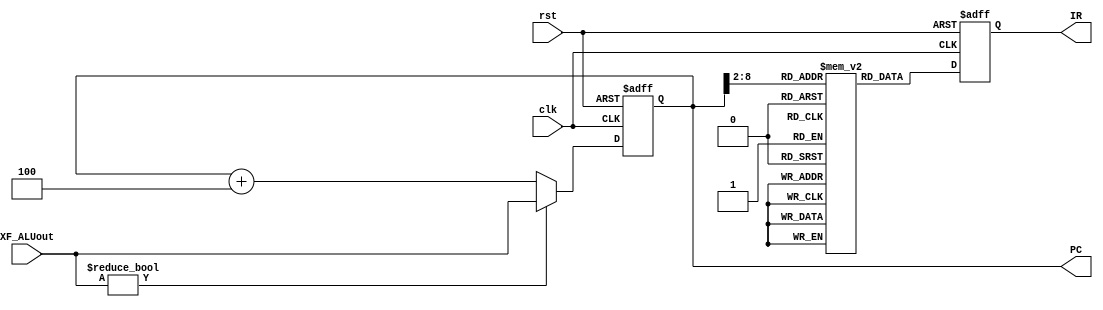
`timescale 1ns/1ps

module INSTRUCTION_FETCH(
	clk,
	rst,
	XF_ALUout,

	PC,
	IR
);

input clk, rst;
input [31:0] XF_ALUout;
output reg 	[31:0] PC, IR;

//instruction memory
reg [31:0] instruction [127:0];

//output instruction
always @(posedge clk or posedge rst)
begin
	if(rst)
		IR <= 32'd0;
	else
		IR <= instruction[PC[10:2]];
end

// output program counter
always @(posedge clk or posedge rst)
begin
	if(rst)
		PC <= 32'd0;
	else if (XF_ALUout!=0)
		PC <= XF_ALUout;
	else//add new PC address here, ex: branch, jump...
		PC <= PC+4;
end

endmodule